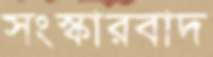
সংস্কারবাদ